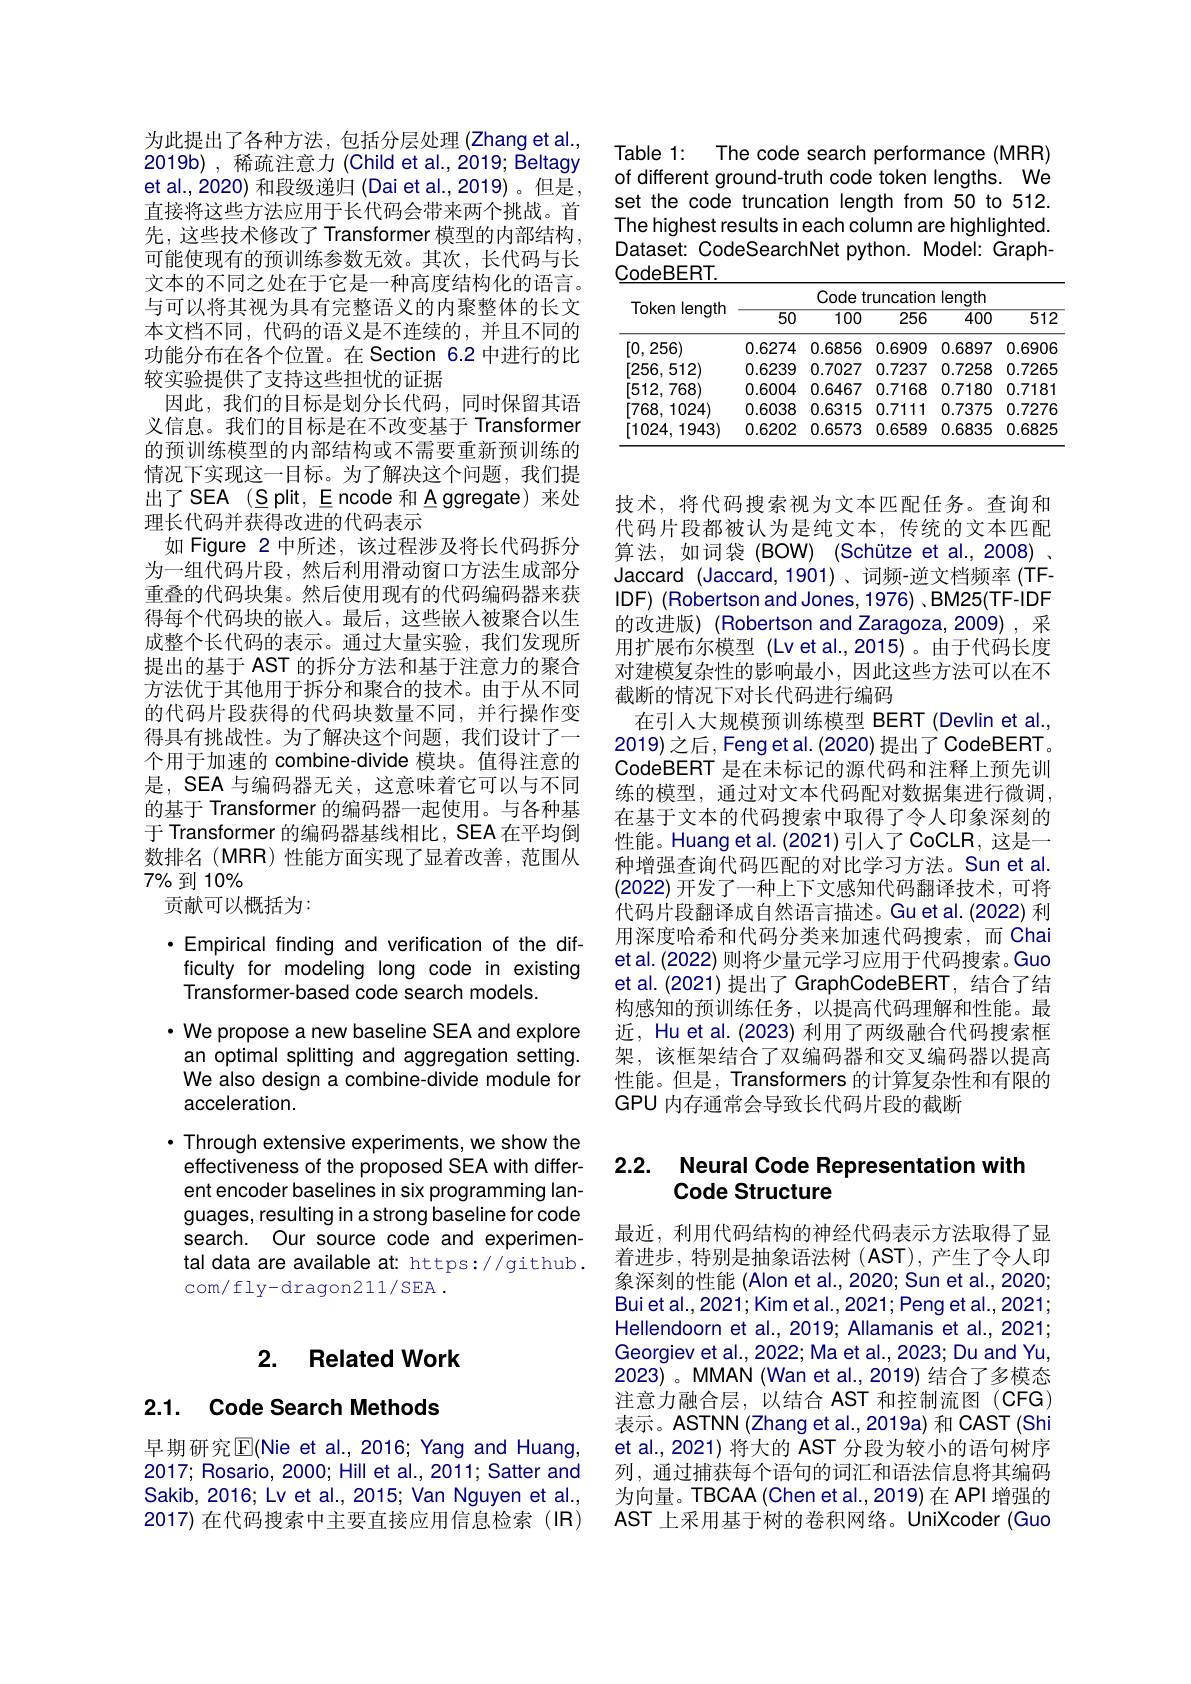
为此提出了各种方法，包括分层处理(Zhang et al., 2019b), 稀疏注意力 (Child et al., 2019; Beltagy et al., 2020) 和段级递归 (Dai et al., 2019) 。但是直接将这些方法应用于长代码会带来两个挑战。首先，这些技术修改了 Transformer 模型的内部结构， 可能使现有的预训练参数无效。其次，长代码与长文本的不同之处在于它是一种高度结构化的语言。与可以将其视为具有完整语义的内聚整体的长文本文档不同，代码的语义是不连续的，并且不同的功能分布在各个位置。在 Section 6.2 中进行的比较实验提供了支持这些担忧的证据
因此，我们的目标是划分长代码，同时保留其语义信息。我们的目标是在不改变基于 Transformer 的预训练模型的内部结构或不需要重新预训练的情况下实现这一目标。为了解决这个问题，我们提出了SEA (Split, Encode 和 A ggregate) 来处理长代码并获得改进的代码表示
如 Figure 2 中所述，该过程涉及将长代码拆分为一组代码片段，然后利用滑动窗口方法生成部分重叠的代码块集。然后使用现有的代码编码器来获得每个代码块的嵌人。最后，这些嵌人被聚合以生成整个长代码的表示。通过大量实验，我们发现所提出的基于 AST 的拆分方法和基于注意力的聚合方法优于其他用于拆分和聚合的技术。由于从不同的代码片段获得的代码块数量不同，并行操作变得具有挑战性。为了解决这个问题，我们设计了一个用于加速的 combine-divide 模块。值得注意的是，SEA 与编码器无关，这意味着它可以与不同的基于 Transformer 的编码器一起使用。与各种基于 Transformer 的编码器基线相比，SEA 在平均倒数排名(MRR)性能方面实现了显着改善，范围从$7\%$到10%
贡献可以概括为：

·Empirical finding and verification of the dif-
ficulty for modeling long code in existing
Transformer-based code search models.
$\cdot$ We propose a new baseline SEA and explore an optimal splitting and aggregation setting. We also design a combine-divide module for acceleration.
$\cdot$ Through extensive experiments, we show the
effectiveness of the proposed SEA with different encoder baselines in six programming languages, resulting in a strong baseline for code search. Our source code and experimental data are available at: https://github. com/ Ely- dragon211/ SEA .

# 2. Related Work

## 2.1. Code Search Methods

早期研究$\overline{\mathrm{E}}($Nie et al., 2016; Yang and Huang, 2017; Rosario, 2000; Hill et al., 2011; Satter and Sakib, 2016; Lv et al., 2015; Van Nguyen et al. 2017) 在代码搜索中主要直接应用信息检索(IR)

Table 1: The code search performance (MRR) of different ground-truth code token lengths. We set the code truncation length from 50 to 512. The highest results in each column are highlighted. Dataset: CodeSearchNet python. Model: Graph- $\underline{\mathrm{CodeBERT}}.$

<table>
	<tbody>
		<tr>
			<td rowspan="3">Token length</td>
			<td colspan="5">Code lenath trimeatinn</td>
		</tr>
		<tr>
			<td>50</td>
			<td>Codet 100</td>
			<td>runcatior 256</td>
			<td>length $\overline{400}$</td>
			<td>512</td>
		</tr>
		<tr>
			<td>50</td>
			<td>100</td>
			<td>256</td>
			<td>400</td>
			<td>512</td>
		</tr>
		<tr>
			<td>$[0,i]$ 256)</td>
			<td>0.6274</td>
			<td>0.6856</td>
			<td>0.6909</td>
			<td>0.6897</td>
			<td>0.6906</td>
		</tr>
		<tr>
			<td>[256,512)</td>
			<td>0.6239</td>
			<td>0.7027</td>
			<td>0.7237</td>
			<td>0.7258</td>
			<td>0.7265</td>
		</tr>
		<tr>
			<td>[512,768)</td>
			<td>0.6004</td>
			<td>0.6467</td>
			<td>0.7168</td>
			<td>0.7180</td>
			<td>0.7181</td>
		</tr>
		<tr>
			<td>[768,1024)</td>
			<td>0.6038</td>
			<td>0.6315</td>
			<td>0.7111</td>
			<td>0.7375</td>
			<td>0.7276</td>
		</tr>
		<tr>
			<td>[1024,1943)</td>
			<td>0.6202</td>
			<td>0.6573</td>
			<td>0.6589</td>
			<td>0.6835</td>
			<td>0.6825</td>
		</tr>
	</tbody>
</table>

技术，将代码搜索视为文本匹配任务。查询和代码片段都被认为是纯文本，传统的文本匹配算法，如词袋(BOW) (Schütze et al.,2008) . Jaccard (Jaccard, 1901)、词频-逆文档频率 (TFIDF) (Robertson and Jones, 1976) ,BM25(TF-IDF 的改进版) (Robertson and Zaragoza,2009), 采用扩展布尔模型 (Lvet al.,2015)。由于代码长度对建模复杂性的影响最小，因此这些方法可以在不截断的情况下对长代码进行编码
在引入大规模预训练模型 BERT (Devlin et al. 2019)之后，Feng et al. (2020) 提出了 CodeBERT 。CodeBERT 是在未标记的源代码和注释上预先训练的模型，通过对文本代码配对数据集进行微调， 在基于文本的代码搜索中取得了令人印象深刻的性能。Huang et al. (2021) 引入了 CoCLR, 这是一种增强查询代码匹配的对比学习方法。Sun et al. (2022)开发了一种上下文感知代码翻译技术，可将代码片段翻译成自然语言描述。Gu et al.(2022) 利用深度哈希和代码分类来加速代码搜索，而 Chai et al. (2022) 则将少量元学习应用于代码搜索。Guo et al.(2021) 提出了 GraphCodeBERT, 结合了结构感知的预训练任务，以提高代码理解和性能。最近，Hu et al. (2023) 利用了两级融合代码搜索框架，该框架结合了双编码器和交叉编码器以提高性能。但是，Transformers 的计算复杂性和有限的GPU 内存通常会导致长代码片段的截断

# 2.2. Neural Code Representation with Code Structure

最近，利用代码结构的神经代码表示方法取得了显着进步，特别是抽象语法树(AST),产生了令人印象深刻的性能 (Alon et al.,2020; Sun et al., 2020; Bui et al., 2021; Kim et al., 2021; Peng et al., 2021; Hellendoorn et al., 2019; Allamanis et al., 2021; Georgiev et al., 2022; Ma et al., 2023; Du and Yu, 2023) 。MMAN (Wan et al., 2019) 结合了多模态注意力融合层，以结合 AST 和控制流图(CFG) 表示。ASTNN(Zhang et al.,2019a) 和 CAST (Shi et al., 2021) 将大的 AST 分段为较小的语句树序列，通过捕获每个语句的词汇和语法信息将其编码为向量。TBCAA(Chen et al.,2019) 在 API 增强的AST 上采用基于树的卷积网络。UniXcoder (Guo